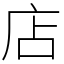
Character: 店